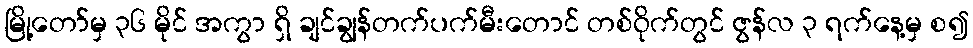
မြို့တော်မှ ၃၆ မိုင် အကွာ ရှိ ချင်ချွန်တက်ပက်မီးတောင် တစ်ဝိုက်တွင် ဇွန်လ ၃ ရက်နေ့မှ စ၍